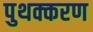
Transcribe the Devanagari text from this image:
पुथक्करण